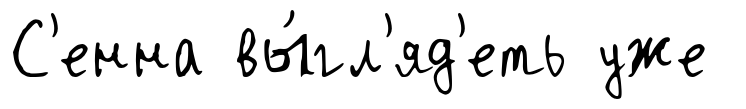
С'енна вы́гл'яд'еть уже